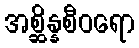
အစ္ဆိန္နစီဝရော